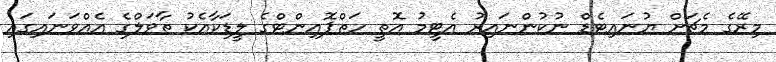
މިރޭގެ މެޗަށް ޔުނައިޓެޑް ނުކުންނައިރު އެޓީމު އޮތީ ހަތްޕޮއިންޓްގެ ލީޑަކާއެކު ތާވަލްގެ އެއްވަނައިގައި